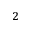
^ 2